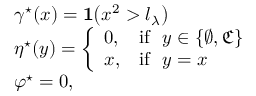
\begin{array} { r l } & { \gamma ^ { \star } ( x ) = \mathbf { 1 } \big ( x ^ { 2 } > l _ { \lambda } \big ) } \\ & { \eta ^ { \star } ( y ) = \left\{ \begin{array} { l l } { 0 , } & { \mathrm { i f } \ \ y \in \{ \varnothing , \mathfrak { C } \} } \\ { x , } & { \mathrm { i f } \ \ y = x } \end{array} \right. } \\ & { \varphi ^ { \star } = 0 , } \end{array}